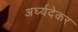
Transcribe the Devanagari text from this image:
अर्घ्यदेकर